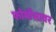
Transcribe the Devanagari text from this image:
फोर्मोसावर